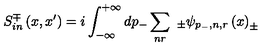
S _ { i n } ^ { \mp } \left( x , x ^ { \prime } \right) = i \int _ { - \infty } ^ { + \infty } d p _ { - } \sum _ { n r } \smallskip \ _ { \pm } \psi _ { p _ { - } , n , r } \left( x \right) _ { \pm }